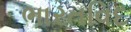
ભારતવિદ